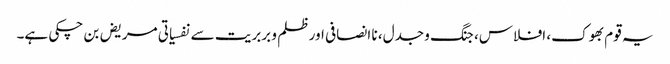
یہ قوم بھوک، افلاس، جنگ و جدل، نا انصافی اور ظلم و بربریت سے نفسیاتی مریض بن چکی ہے۔